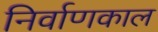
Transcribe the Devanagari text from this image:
निर्वाणकाल